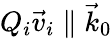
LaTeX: Q_{i}\vec{v}_{i}\parallel\vec{k}_{0}